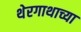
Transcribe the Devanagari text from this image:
थेरगाथाच्या